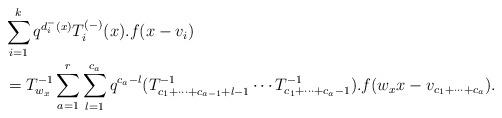
LaTeX: \begin{align*}& \sum_{i=1}^{k}q^{d_{i}^{-}(x)}T_{i}^{(-)}(x).f(x-v_{i}) \\ &=T_{w_{x}}^{-1}\sum_{a=1}^{r}\sum_{l=1}^{c_{a}}q^{c_{a}-l}(T_{c_{1}+\cdots +c_{a-1}+l-1}^{-1} \cdots T_{c_{1}+\cdots +c_{a}-1}^{-1}).f(w_{x}x-v_{c_{1}+\cdots +c_{a}}). \end{align*}